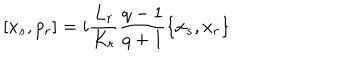
[ x _ { s } , p _ { r } ] = i \frac { L _ { r } } { K _ { r } } \frac { q - 1 } { q + 1 } \{ x _ { s } , x _ { r } \}